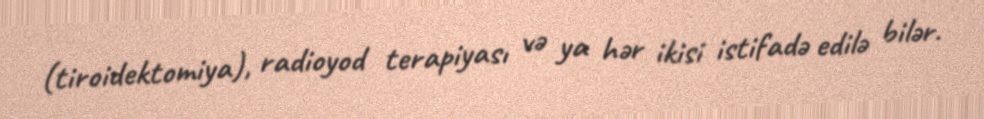
(tiroidektomiya), radioyod terapiyası və ya hər ikisi istifadə edilə bilər.